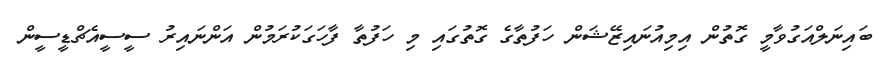
ބައިނަލްއަގުވާމީ ގޮތުން އިމިއުނައިޒޭޝަން ހަފުތާގެ ގޮތުގައި މި ހަފުތާ ފާހަގަކުރަމުން އަންނައިރު ސީސީއެޗްޑީސީން